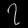
Digit: ၇